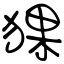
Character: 猓